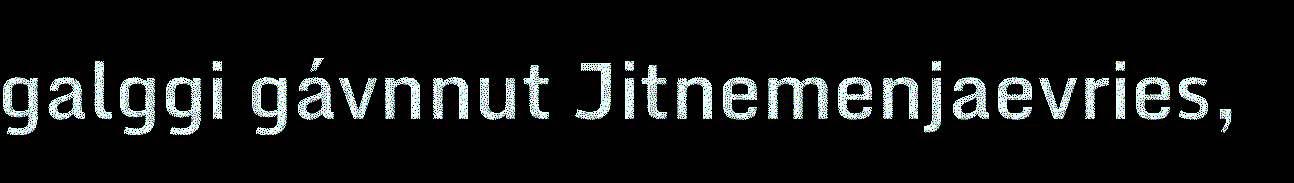
galggi gávnnut Jitnemenjaevries,